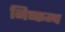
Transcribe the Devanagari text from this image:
निष्कम्प